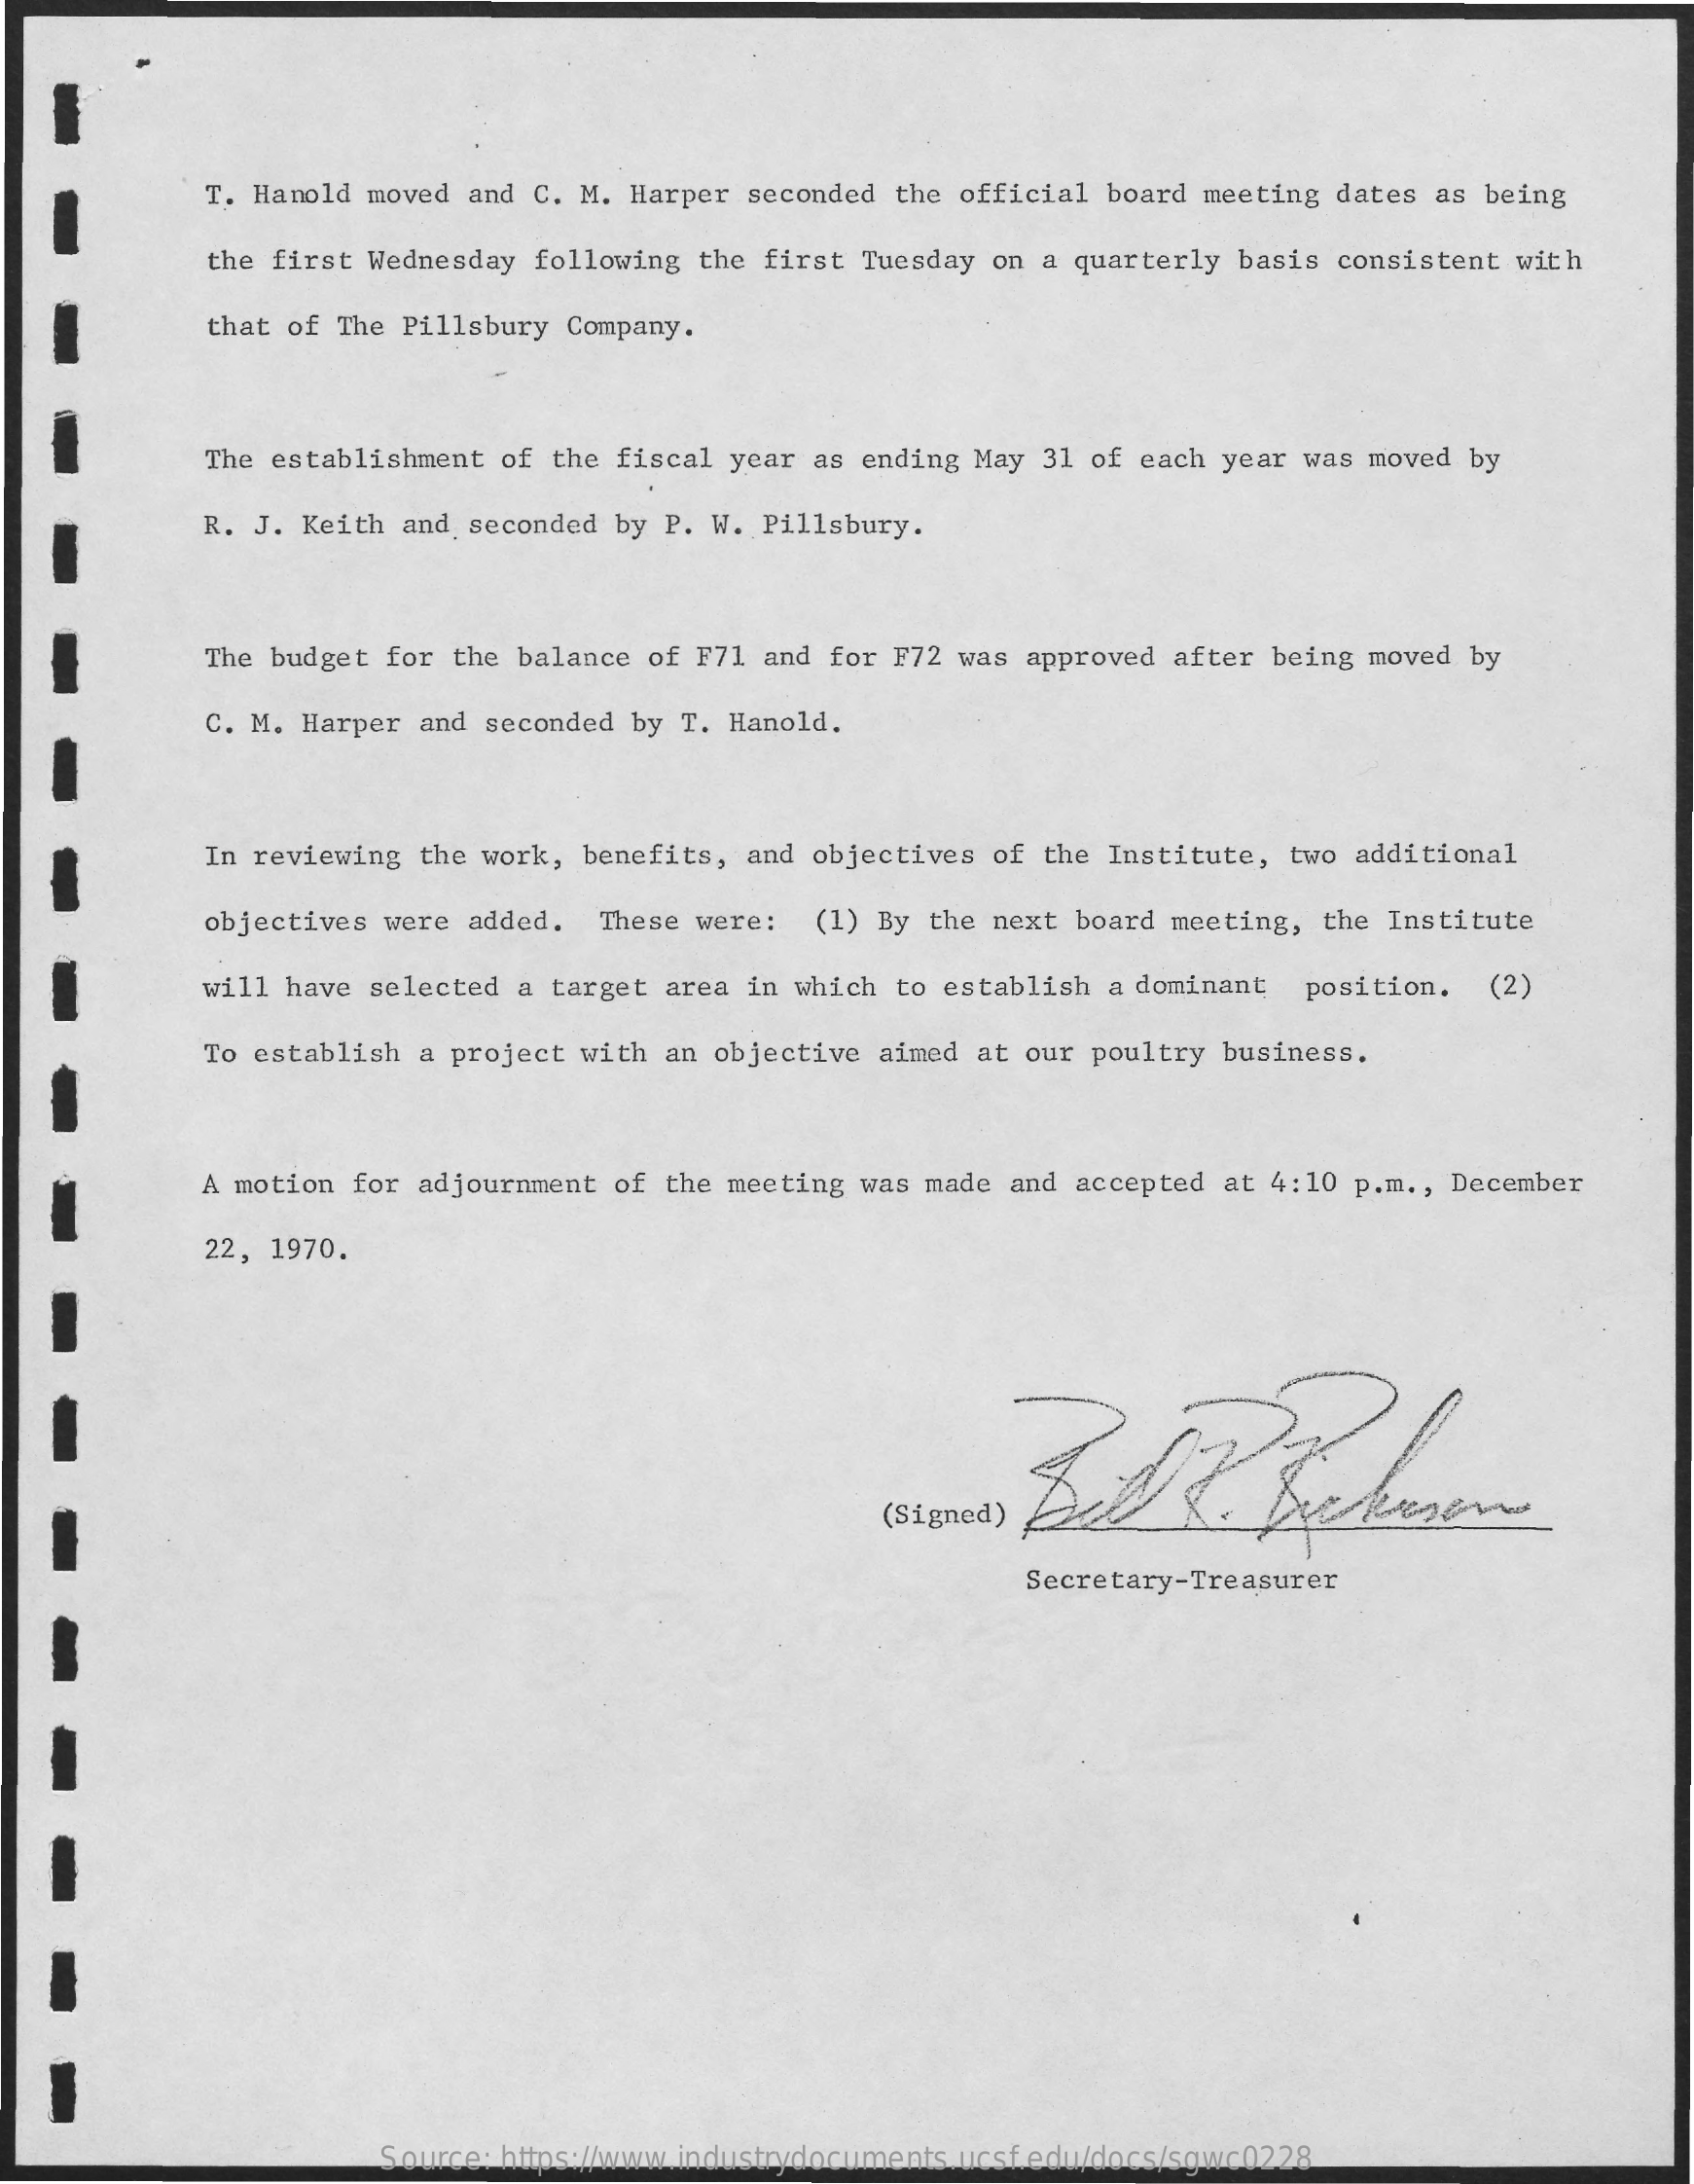
T. Hanold moved and C. M. Harper seconded the official board meeting dates as being
     the first Wednesday following the first Tuesday on a quarterly basis consistent with
     that of The Pillsbury Company.
     The establishment of the fiscal year as ending May 31 of each year was moved by
     R. J. Keith and seconded by P. W. Pillsbury.
     The budget for the balance of F71 and for F72 was approved after being moved by
     C. M. Harper and seconded by T. Hanold.
     In reviewing the work, benefits, and objectives of the Institute, two additional
     objectives were added. These were: (1) By the next board meeting, the Institute
     will have selected a target area in which to establish a dominant position. (2)
     To establish a project with an objective aimed at our poultry business.
     A motion for adjournment of the meeting was made and accepted at 4:10 p.m ., December
     22, 1970.
     (Signed)
     Secretary-Treasurer
     Source: https://www.industrydocuments.ucsf.edu/docs/sgwc0228